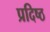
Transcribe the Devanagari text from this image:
प्रदिष्ठ